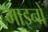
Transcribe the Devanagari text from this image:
माइनों